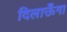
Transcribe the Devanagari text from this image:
दिलाऊँगा